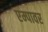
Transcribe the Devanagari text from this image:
एम्पावर